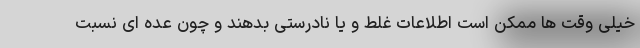
خیلی وقت ها ممکن است اطلاعات غلط و یا نادرستی بدهند و چون عده ای نسبت